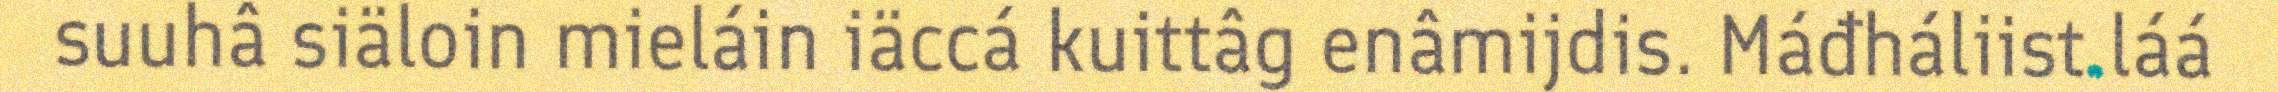
suuhâ siäloin mieláin iäccá kuittâg enâmijdis. Máđháliist láá